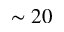
\sim 2 0